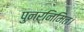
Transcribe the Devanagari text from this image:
पुनर्निमित।